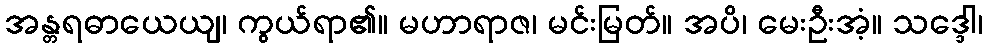
အန္တရဓာယေယျ၊ ကွယ်ရာ၏။ မဟာရာဇ၊ မင်းမြတ်။ အပိ၊ မေးဦးအံ့။ သဒ္ဒေါ၊